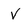
Character: V